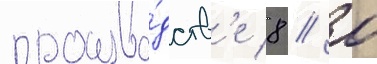
произво́дств'е 8 // 0